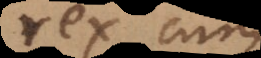
rex, cum